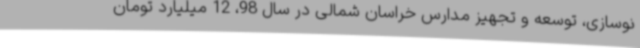
نوسازی، توسعه و تجهیز مدارس خراسان شمالی در سال 98، 12 میلیارد تومان